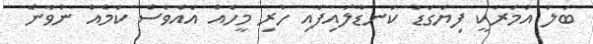
ބަލަ އުމަރަކީ ފިޔަގަޑު ކަނޑާލައިފައި ހުރި މީހެއް އެއްވެސް ކަމެއް ނުވާނެ